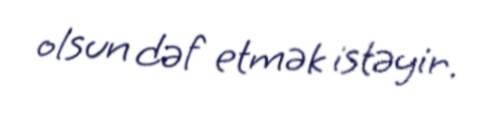
olsun dəf etmək istəyir.